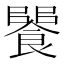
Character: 𩝵